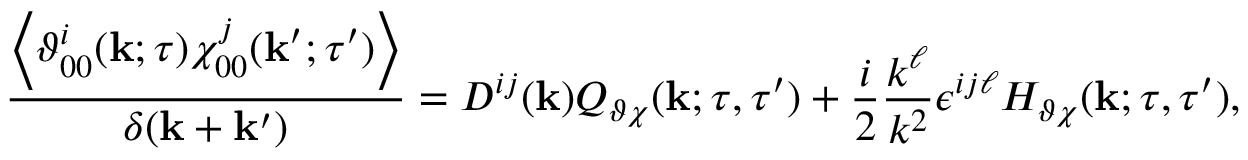
\frac { \left\langle { \vartheta _ { 0 0 } ^ { i } ( { \bf { k } } ; \tau ) \chi _ { 0 0 } ^ { j } ( { \bf { k } } ^ { \prime } ; \tau ^ { \prime } ) } \right\rangle } { \delta ( { \bf { k } } + { \bf { k } } ^ { \prime } ) } = D ^ { i j } ( { \bf { k } } ) Q _ { \vartheta \chi } ( { \bf { k } } ; \tau , \tau ^ { \prime } ) + \frac { i } { 2 } \frac { k ^ { \ell } } { k ^ { 2 } } \epsilon ^ { i j \ell } H _ { \vartheta \chi } ( { \bf { k } } ; \tau , \tau ^ { \prime } ) ,